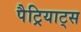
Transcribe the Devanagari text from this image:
पैट्रियाट्स